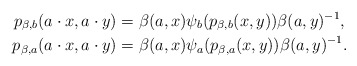
\begin{align*} p_{\beta,b}(a\cdot x,a\cdot y)&= \beta(a,x)\psi_b(p_{\beta,b}(x,y))\beta(a,y)^{-1},\qquad\\ p_{\beta,a}(a\cdot x,a\cdot y)&=\beta(a,x)\psi_a(p_{\beta,a}(x,y))\beta(a,y)^{-1}.\end{align*}